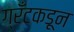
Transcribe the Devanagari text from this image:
ग्रँटकडून